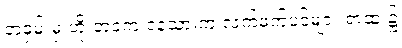
တဝှမ်းမှ ဟိုးဘဝက ငနဲသားက လက်ဖက်ပင်များ ရာထူး၌